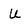
Character: U